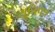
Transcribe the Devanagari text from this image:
सूचिपत्र